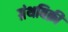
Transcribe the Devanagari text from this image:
ग्रंथविक्री